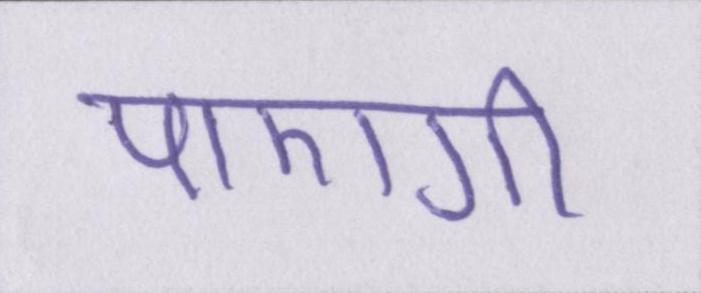
पाएगी